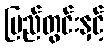
ပြည်တွင်းနှင့်